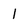
Character: 1